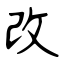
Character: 改